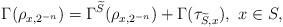
LaTeX: \begin{align*}\Gamma(\rho_{x,2^{-n}})=\Gamma^{\widetilde{S}}(\rho_{x,2^{-n}})+\Gamma(\tau_{\widetilde{S},x}), \ x \in S,\end{align*}